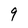
Character: 9